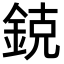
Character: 鋴